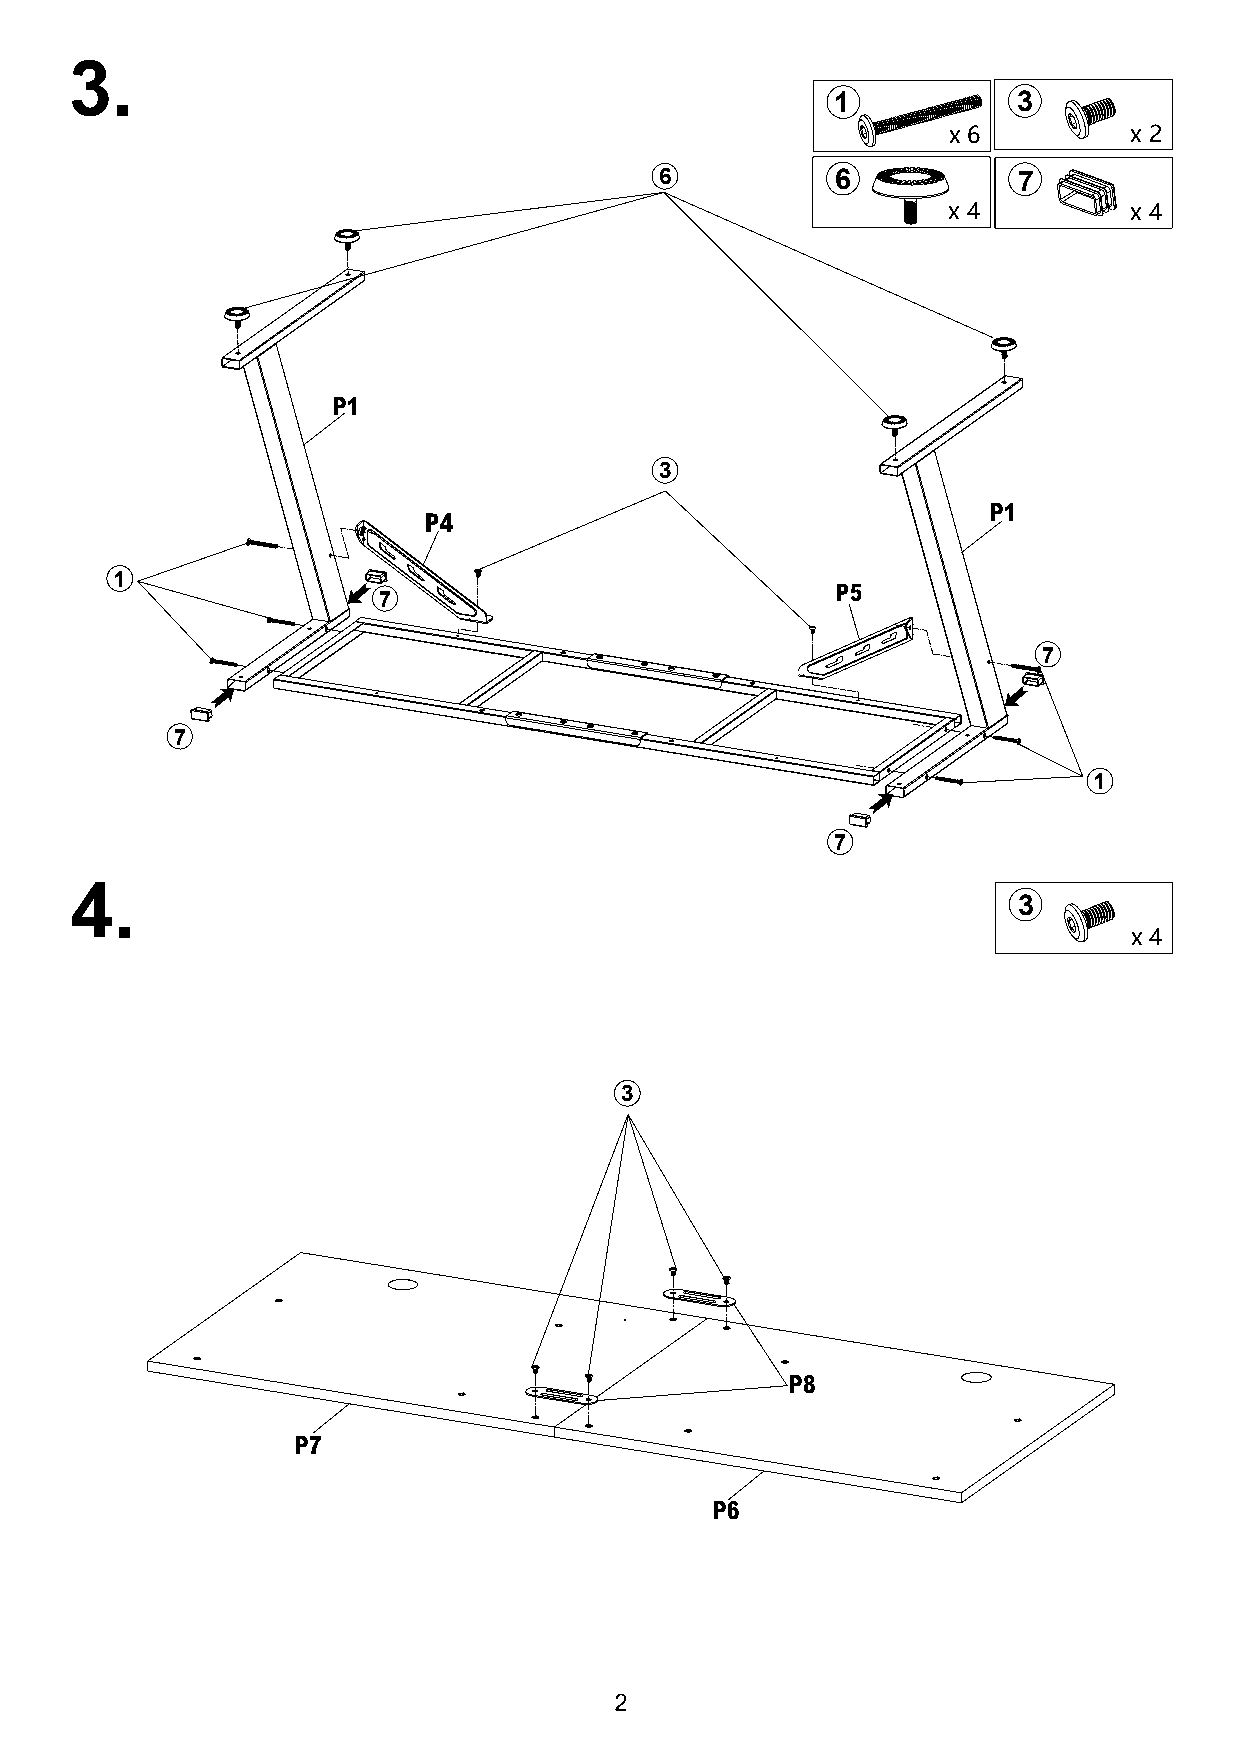
1           3
 x 6         x 2
 6          6           7
 x 4         x 4
 P1
 3
 P1
 P4
 1
 P5
 7
 7
 7
 1
 7
 3
 x 4
 3
 P8
 P7
 P6